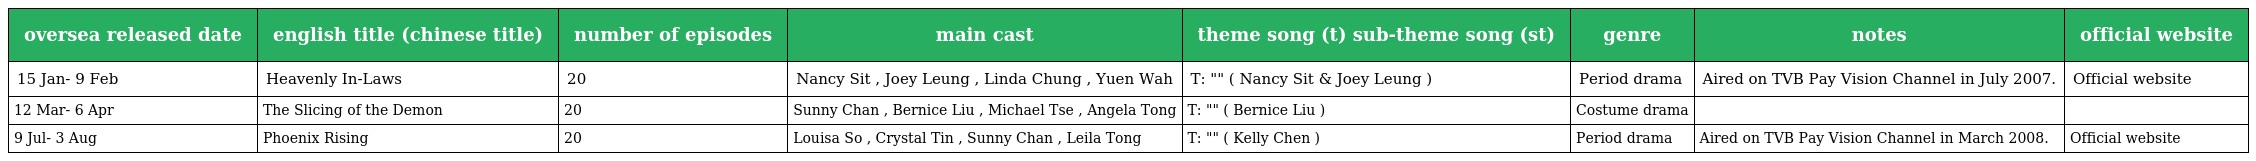
| oversea released date | english title (chinese title) | number of episodes | main cast | theme song (t) sub-theme song (st) | genre | notes | official website |
 | --- | --- | --- | --- | --- | --- | --- | --- |
 | 15 Jan- 9 Feb | Heavenly In-Laws 我外母唔係人 | 20 | Nancy Sit , Joey Leung , Linda Chung , Yuen Wah | T: "外母大人" ( Nancy Sit & Joey Leung ) | Period drama | Aired on TVB Pay Vision Channel in July 2007. | Official website |
 | 12 Mar- 6 Apr | The Slicing of the Demon 凶城計中計 | 20 | Sunny Chan , Bernice Liu , Michael Tse , Angela Tong | T: "還用在意嗎" ( Bernice Liu ) | Costume drama |  |  |
 | 9 Jul- 3 Aug | Phoenix Rising 蘭花劫 | 20 | Louisa So , Crystal Tin , Sunny Chan , Leila Tong | T: "用愛邁步" ( Kelly Chen ) | Period drama | Aired on TVB Pay Vision Channel in March 2008. | Official website |